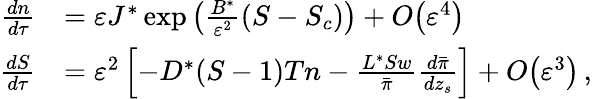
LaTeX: \begin{array}{rl}{{\frac{dn}{d\tau}}}&{={\varepsilon}J^{*}\exp\left(\frac{B^{*}}{{\varepsilon}^{2}}(S-S_{c})\right)+{O}\! \left({\varepsilon}^{4}\right)}\\ {{\frac{dS}{d\tau}}}&{={\varepsilon}^{2}\left[-D^{*}(S-1)Tn-\frac{L^{*}Sw}{\bar{\pi}}{\frac{d\bar{\pi}}{dz_{s}}}\right]+{O}\! \left({\varepsilon}^{3}\right)\, ,}\end{array}